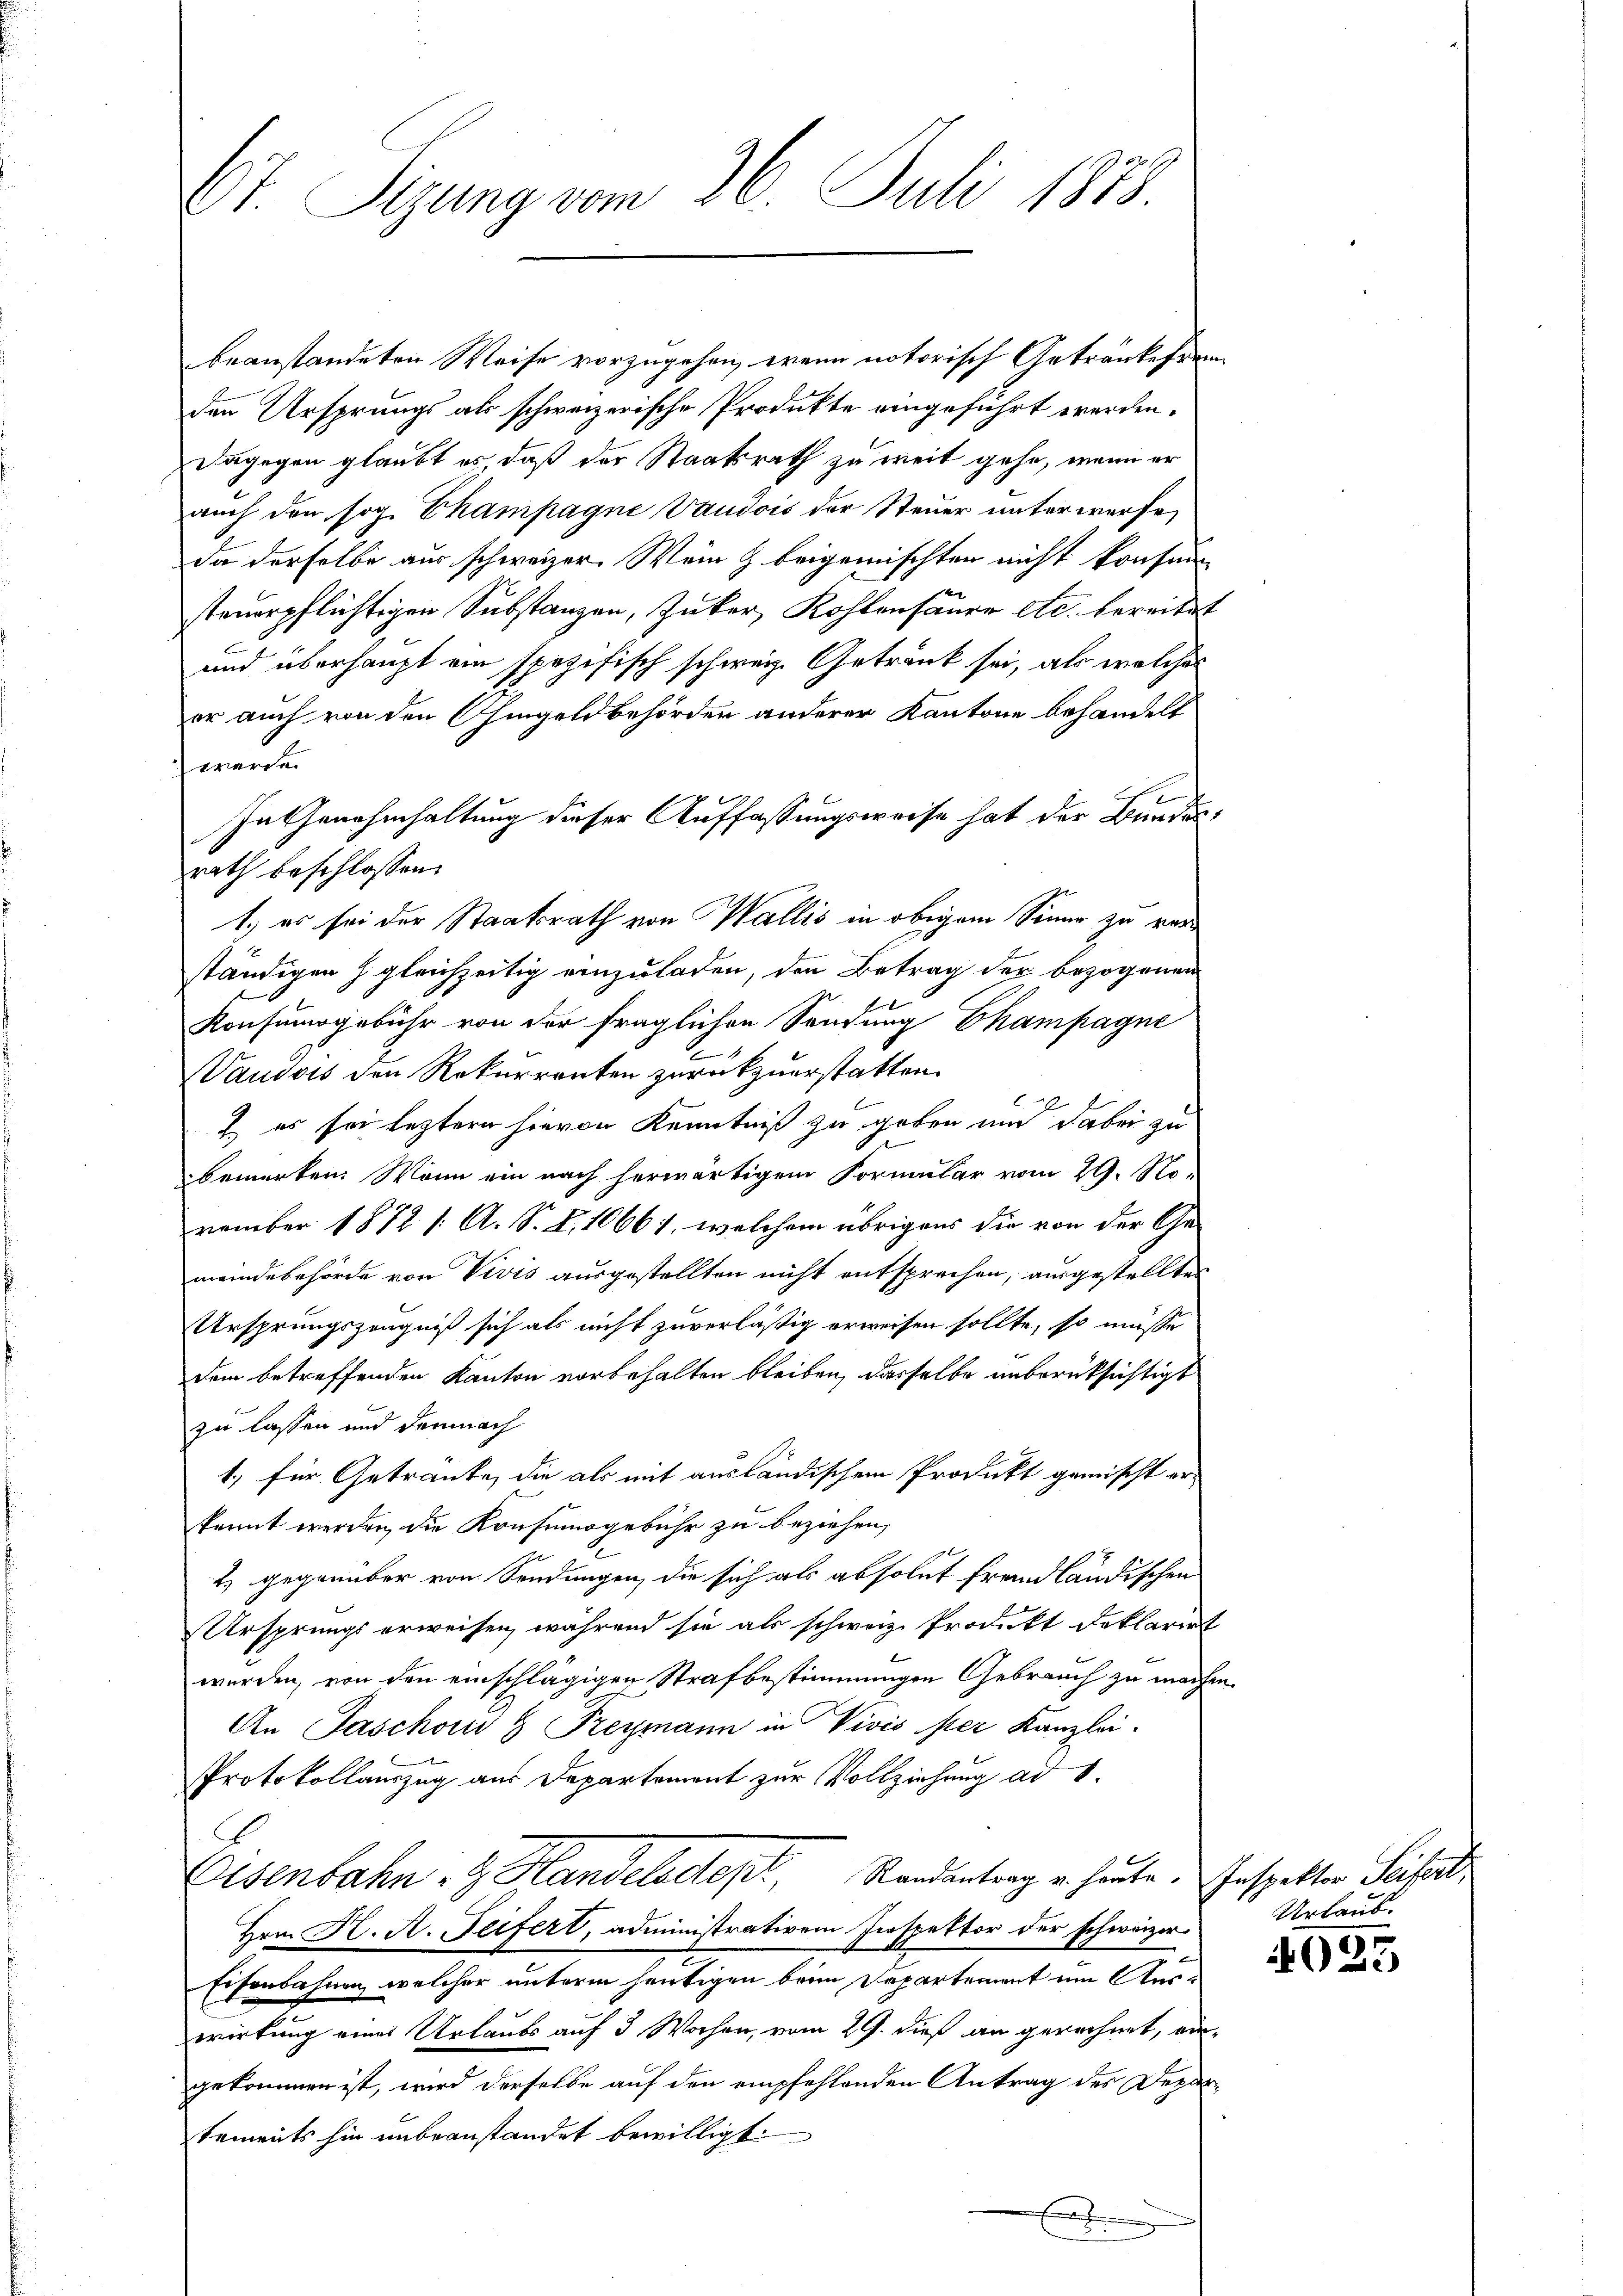
67. Segung von 26. Juli 1888.

beanstandeten Weise vorzugehen, wenn notorisch Getränkefrem
den Ursprungs als schweizerische Produkte eingeführt werden.
dagegen glaubt es, daß der Staatsrath zu weit gehe, wenn er
auch den sog. Champagne Vaudois der Steuer unterwerfe,
da derselbe aus schweizer. Wein & beigemischten nicht konfun
steuerpflichtigen Substanzen, Zucker, Kohlensäure etc. bereitet
und überhaupt ein spezifisch schweiz. Getränk sei, als welches
er auch von den Ohmgeld behörden anderer Kantone behandelt
 werde.
In Genehmhaltung dieser Auffassungsweise hat der Bundesrath beschlossen:
1.) es sei der Staatsrath von Wallis in obigem Sinne zu verständigen gleichzeitig einzuladen, den Betrag der bezogenen
Konsumsgebühr von der fraglichen Sendung Champagne
Vaudois den Rekurrenten zurückzuerstatten.
 es sei leztern hievon Kenntniß zu geben und dabei zu
bemerken. Wenn ein nach herwärtigem Formular vom 29. No-
vember 1872 /: A. S. Z. 10661, welchem übrigens die von der Ge-
meindebehörde von Vivis ausgestellten nicht entsprechen, ausgestellten
Ursprungszeugniß sich als nicht zuverläßig erweisen sollte, so müsse
dem betreffenden Kanton vorbehalten bleiben, dasselbe unberüksichtigt
zu lassen und demnach
1, für Getraute, die als mit ausländischem Produkt gemischt erkannt werden, die Krasinogebühr zu beziehen,
2) gegenüber von Sendungen, die sich als absolut fremdländischen
Ursprungs erweisen, während sie als schweiz. Produkt Deklariat
f
werden, von den einschlägigen Strafbestimmungen Gebrauch zu machen.
An Paschon 8 Freymann in Vivis ster Kanzlei-
Protokollauszug aus Departement zur Vollziehung ad 1.
Eisenbahn - Handelvetop, Randantrag u. heute. Inspekter Seiferti
Hrn. H. A. Feifert, administrativem Inspektor der schweizer
Eisenbahnen, welcher unterm heutigen beim Departement um Auswirkung eines Urlaubs auf 3 Wochen, vom 29. dieß an gerechnet, eingekommen ist, wird derselbe auf den empfehlenden Antrag des Departements hin unbeanstandet bewilligt.

Urlaub.

4035